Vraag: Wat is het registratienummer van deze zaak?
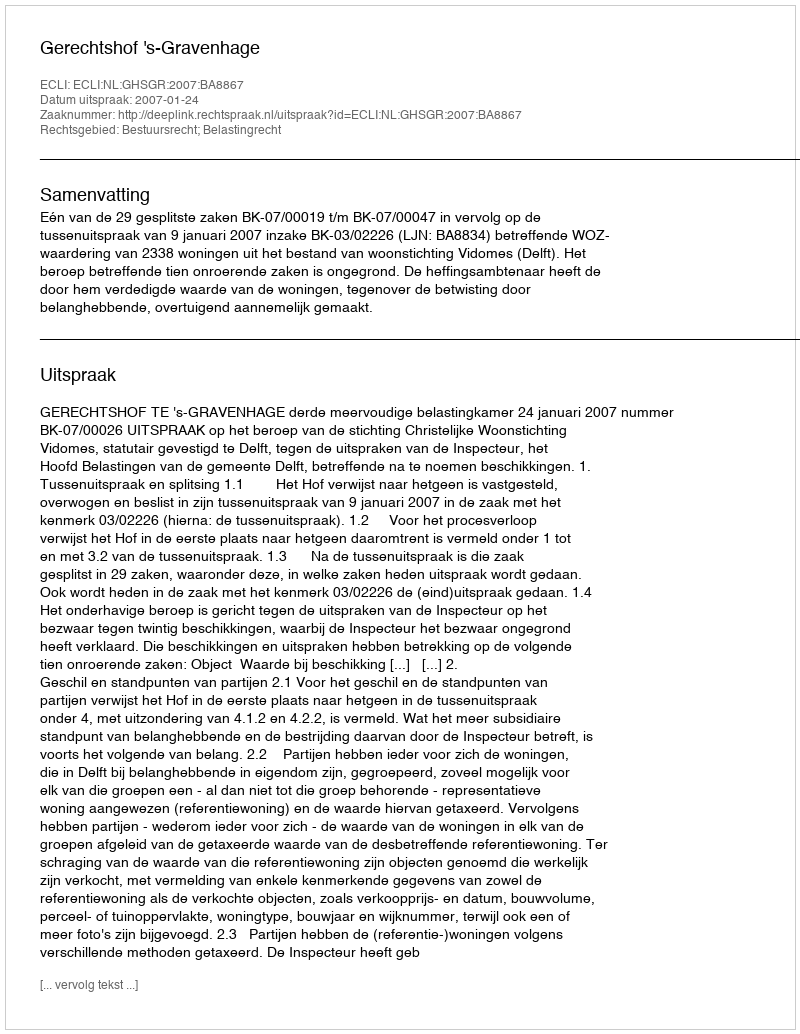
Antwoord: http://deeplink.rechtspraak.nl/uitspraak?id=ECLI:NL:GHSGR:2007:BA8867